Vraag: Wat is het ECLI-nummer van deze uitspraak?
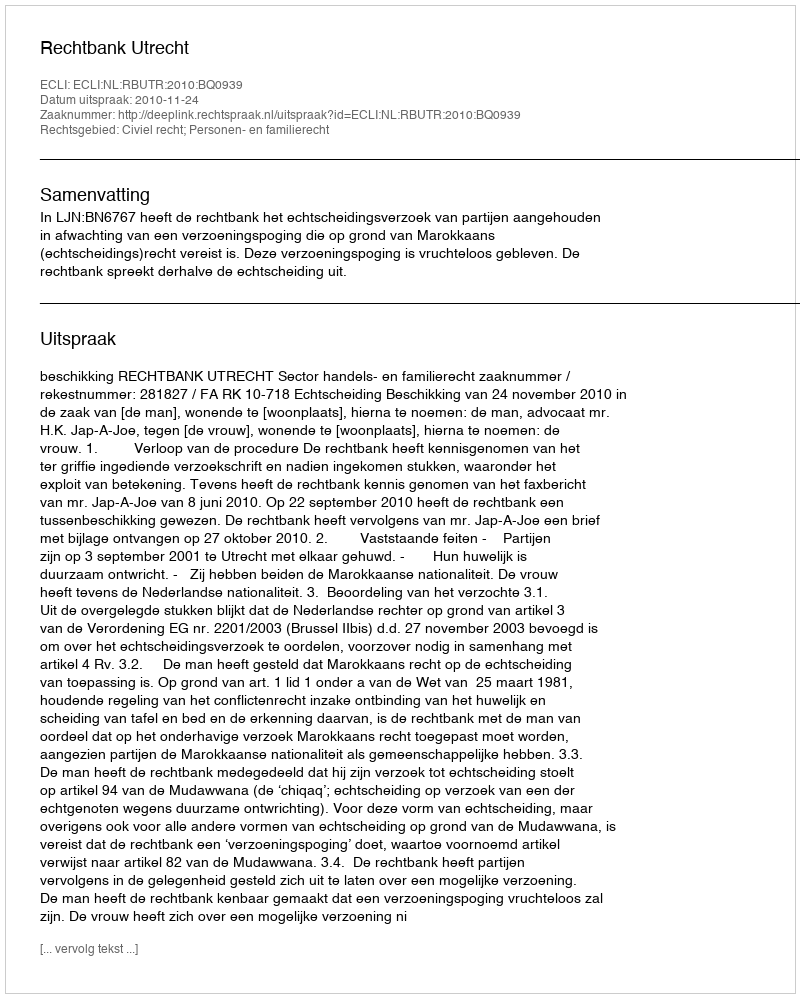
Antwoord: ECLI:NL:RBUTR:2010:BQ0939